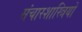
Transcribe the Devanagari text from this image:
संचारशास्त्रियों